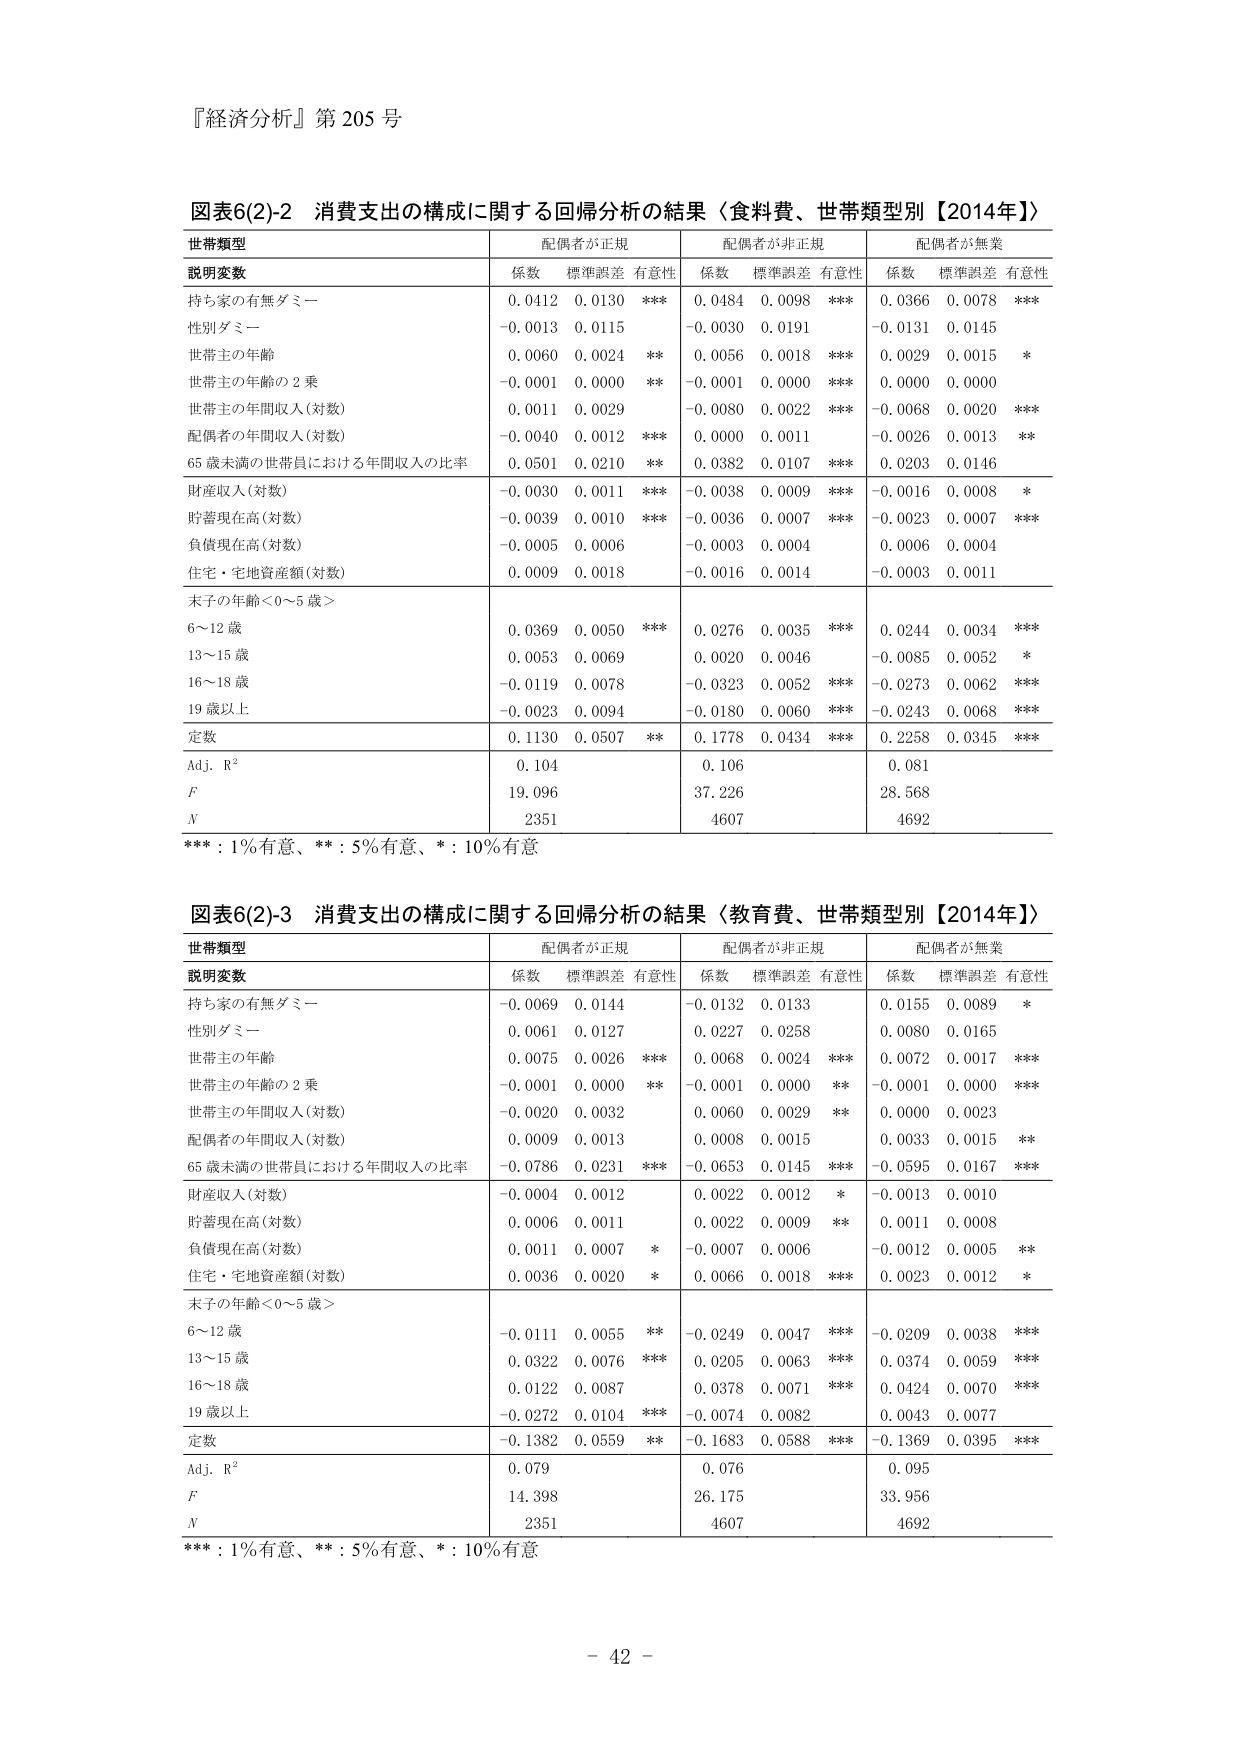
『経済分析』第 205 号

図表6(2)-2 消費支出の構成に関する回帰分析の結果〈食料費、世帯類型別【2014年】〉
世帯類型 配偶者が正規 配偶者が非正規 配偶者が無業
説明変数 係数 標準誤差 有意性 係数 標準誤差 有意性 係数 標準誤差 有意性
持ち家の有無ダミー 0.0412 0.0130 *** 0.0484 0.0098 *** 0.0366 0.0078 ***
性別ダミー -0.0013 0.0115 -0.0030 0.0191 -0.0131 0.0145
世帯主の年齢 0.0060 0.0024 ** 0.0056 0.0018 *** 0.0029 0.0015 *
世帯主の年齢の2乗 -0.0001 0.0000 ** -0.0001 0.0000 *** 0.0000 0.0000
世帯主の年間収入(対数) 0.0011 0.0029 -0.0080 0.0022 *** -0.0068 0.0020 ***
配偶者の年間収入(対数) -0.0040 0.0012 *** 0.0000 0.0011 -0.0026 0.0013 **
65歳未満の世帯員における年間収入の比率 0.0501 0.0210 ** 0.0382 0.0107 *** 0.0203 0.0146
財産収入(対数) -0.0030 0.0011 *** -0.0038 0.0009 *** -0.0016 0.0008 *
貯蓄現在高(対数) -0.0039 0.0010 *** -0.0036 0.0007 *** -0.0023 0.0007 ***
負債現在高(対数) -0.0005 0.0006 -0.0003 0.0004 0.0006 0.0004
住宅・宅地資産額(対数) 0.0009 0.0018 -0.0016 0.0014 -0.0003 0.0011
末子の年齢＜0～5歳＞
6～12歳 0.0369 0.0050 *** 0.0276 0.0035 *** 0.0244 0.0034 ***
13～15歳 0.0053 0.0069 0.0020 0.0046 -0.0085 0.0052 *
16～18歳 -0.0119 0.0078 -0.0323 0.0052 *** -0.0273 0.0062 ***
19歳以上 -0.0023 0.0094 -0.0180 0.0060 *** -0.0243 0.0068 ***
定数 0.1130 0.0507 ** 0.1778 0.0434 *** 0.2258 0.0345 ***
Adj. R² 0.104 0.106 0.081
F 19.096 37.226 28.568
N 2351 4607 4692
***：1％有意、**：5％有意、*：10％有意

図表6(2)-3 消費支出の構成に関する回帰分析の結果〈教育費、世帯類型別【2014年】〉
世帯類型 配偶者が正規 配偶者が非正規 配偶者が無業
説明変数 係数 標準誤差 有意性 係数 標準誤差 有意性 係数 標準誤差 有意性
持ち家の有無ダミー -0.0069 0.0144 -0.0132 0.0133 0.0155 0.0089 *
性別ダミー 0.0061 0.0127 0.0227 0.0258 0.0080 0.0165
世帯主の年齢 0.0075 0.0026 *** 0.0068 0.0024 *** 0.0072 0.0017 ***
世帯主の年齢の2乗 -0.0001 0.0000 ** -0.0001 0.0000 ** -0.0001 0.0000 ***
世帯主の年間収入(対数) -0.0020 0.0032 0.0060 0.0029 ** 0.0000 0.0023
配偶者の年間収入(対数) 0.0009 0.0013 0.0008 0.0015 0.0033 0.0015 **
65歳未満の世帯員における年間収入の比率 -0.0786 0.0231 *** -0.0653 0.0145 *** -0.0595 0.0167 ***
財産収入(対数) -0.0004 0.0012 0.0022 0.0012 * -0.0013 0.0010
貯蓄現在高(対数) 0.0006 0.0011 0.0022 0.0009 ** 0.0011 0.0008
負債現在高(対数) 0.0011 0.0007 * -0.0007 0.0006 -0.0012 0.0005 **
住宅・宅地資産額(対数) 0.0036 0.0020 * 0.0066 0.0018 *** 0.0023 0.0012 *
末子の年齢＜0～5歳＞
6～12歳 -0.0111 0.0055 ** -0.0249 0.0047 *** -0.0209 0.0038 ***
13～15歳 0.0322 0.0076 *** 0.0205 0.0063 *** 0.0374 0.0059 ***
16～18歳 0.0122 0.0087 0.0378 0.0071 *** 0.0424 0.0070 ***
19歳以上 -0.0272 0.0104 *** -0.0074 0.0082 0.0043 0.0077
定数 -0.1382 0.0559 ** -0.1683 0.0588 *** -0.1369 0.0395 ***
Adj. R² 0.079 0.076 0.095
F 14.398 26.175 33.956
N 2351 4607 4692
***：1％有意、**：5％有意、*：10％有意

- 42 -